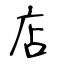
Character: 店